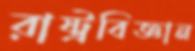
রাষ্ট্রবিজ্ঞান